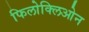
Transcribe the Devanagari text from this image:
फिलोक्लिओन